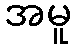
အမူ